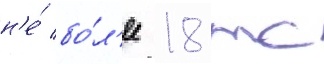
н'е́ бо́л'ее 18 тс